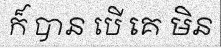
ក៏ បាន បើ គេ មិន